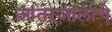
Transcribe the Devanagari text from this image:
आंतरजालाचे